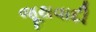
જૂથવાદી